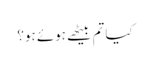
کیا تم بیٹھے ہوئے ہو؟